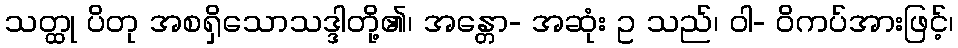
သတ္ထု ပိတု အစရှိသောသဒ္ဒါတို့၏၊ အန္တော- အဆုံး ဥ သည်၊ ဝါ- ဝိကပ်အားဖြင့်၊